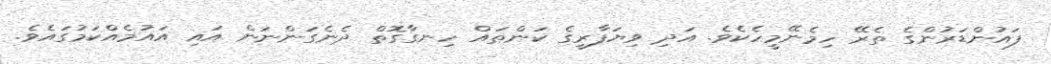
ފައުންޑަރުންގެ ތެރޭ ހިމެނޭމީހެކެވެ. އަދި ވިޔަފާރީގެ ކަންތައް ހިނގާގޮތް ދެނެގަންނަން އައި އައުމެއްކަމުގައެވެ.